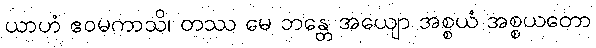
ယာဟံ ဧဝမကာသိ၊ တဿ မေ ဘန္တေ အယျော အစ္စယံ အစ္စယတော